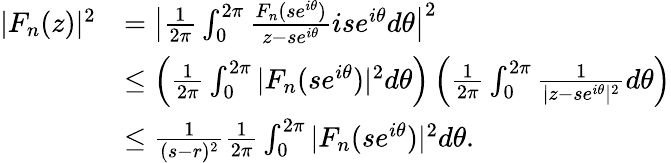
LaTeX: \begin{array}{rl}{|F_{n}(z)|^{2}}&{=\big|\frac{1}{2\pi}\int_{0}^{2\pi}\frac{F_{n}(se^{i\theta})}{z-se^{i\theta}}ise^{i\theta}d\theta\big|^{2}}\\ &{\le\left(\frac{1}{2\pi}\int_{0}^{2\pi}|F_{n}(se^{i\theta})|^{2}d\theta\right)\left(\frac{1}{2\pi}\int_{0}^{2\pi}\frac{1}{|z-se^{i\theta}|^{2}}d\theta\right)}\\ &{\le\frac{1}{(s-r)^{2}}\frac{1}{2\pi}\int_{0}^{2\pi}|F_{n}(se^{i\theta})|^{2}d\theta.}\end{array}